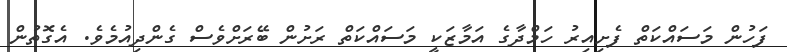
ފަހުން މަސައްކަތް ފެށިއިރު ހަމްދާގެ އަމާޒަކީ މަސައްކަތް ރަށުން ބޭރަށްވެސް ގެންދިއުމެވެ. އެގޮތުން